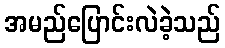
အမည်ပြောင်းလဲခဲ့သည်